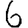
Digit: 6